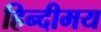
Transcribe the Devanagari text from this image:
हिन्दीमय